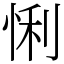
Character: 悧